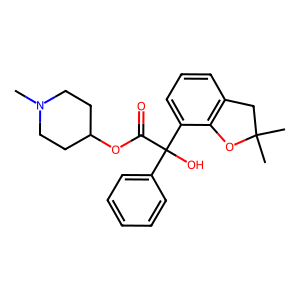
SMILES: CN1CCC(OC(=O)C(O)(c2ccccc2)c2cccc3c2OC(C)(C)C3)CC1
Inhibits HIV replication: No